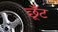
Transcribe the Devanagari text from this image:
छूँट